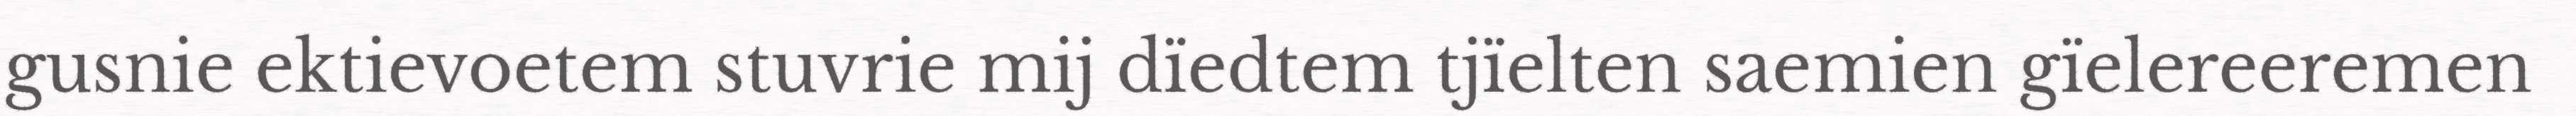
gusnie ektievoetem stuvrie mij dïedtem tjïelten saemien gïelereeremen